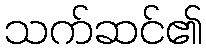
သက်ဆင်၏